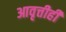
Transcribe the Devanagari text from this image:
आवृत्तीही